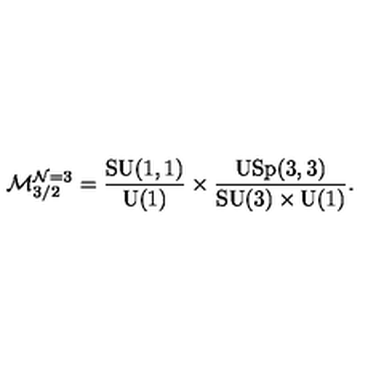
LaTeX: \mathcal { M } _ { 3 / 2 } ^ { \mathcal { N } = 3 } = \frac { \mathrm { S U } ( 1 , 1 ) } { \mathrm { U } ( 1 ) } \times \frac { \mathrm { U S p } ( 3 , 3 ) } { \mathrm { S U } ( 3 ) \times \mathrm { U } ( 1 ) } .